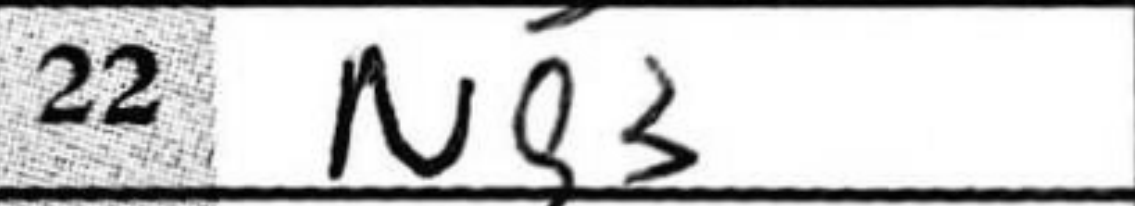
Transcription: Ng3